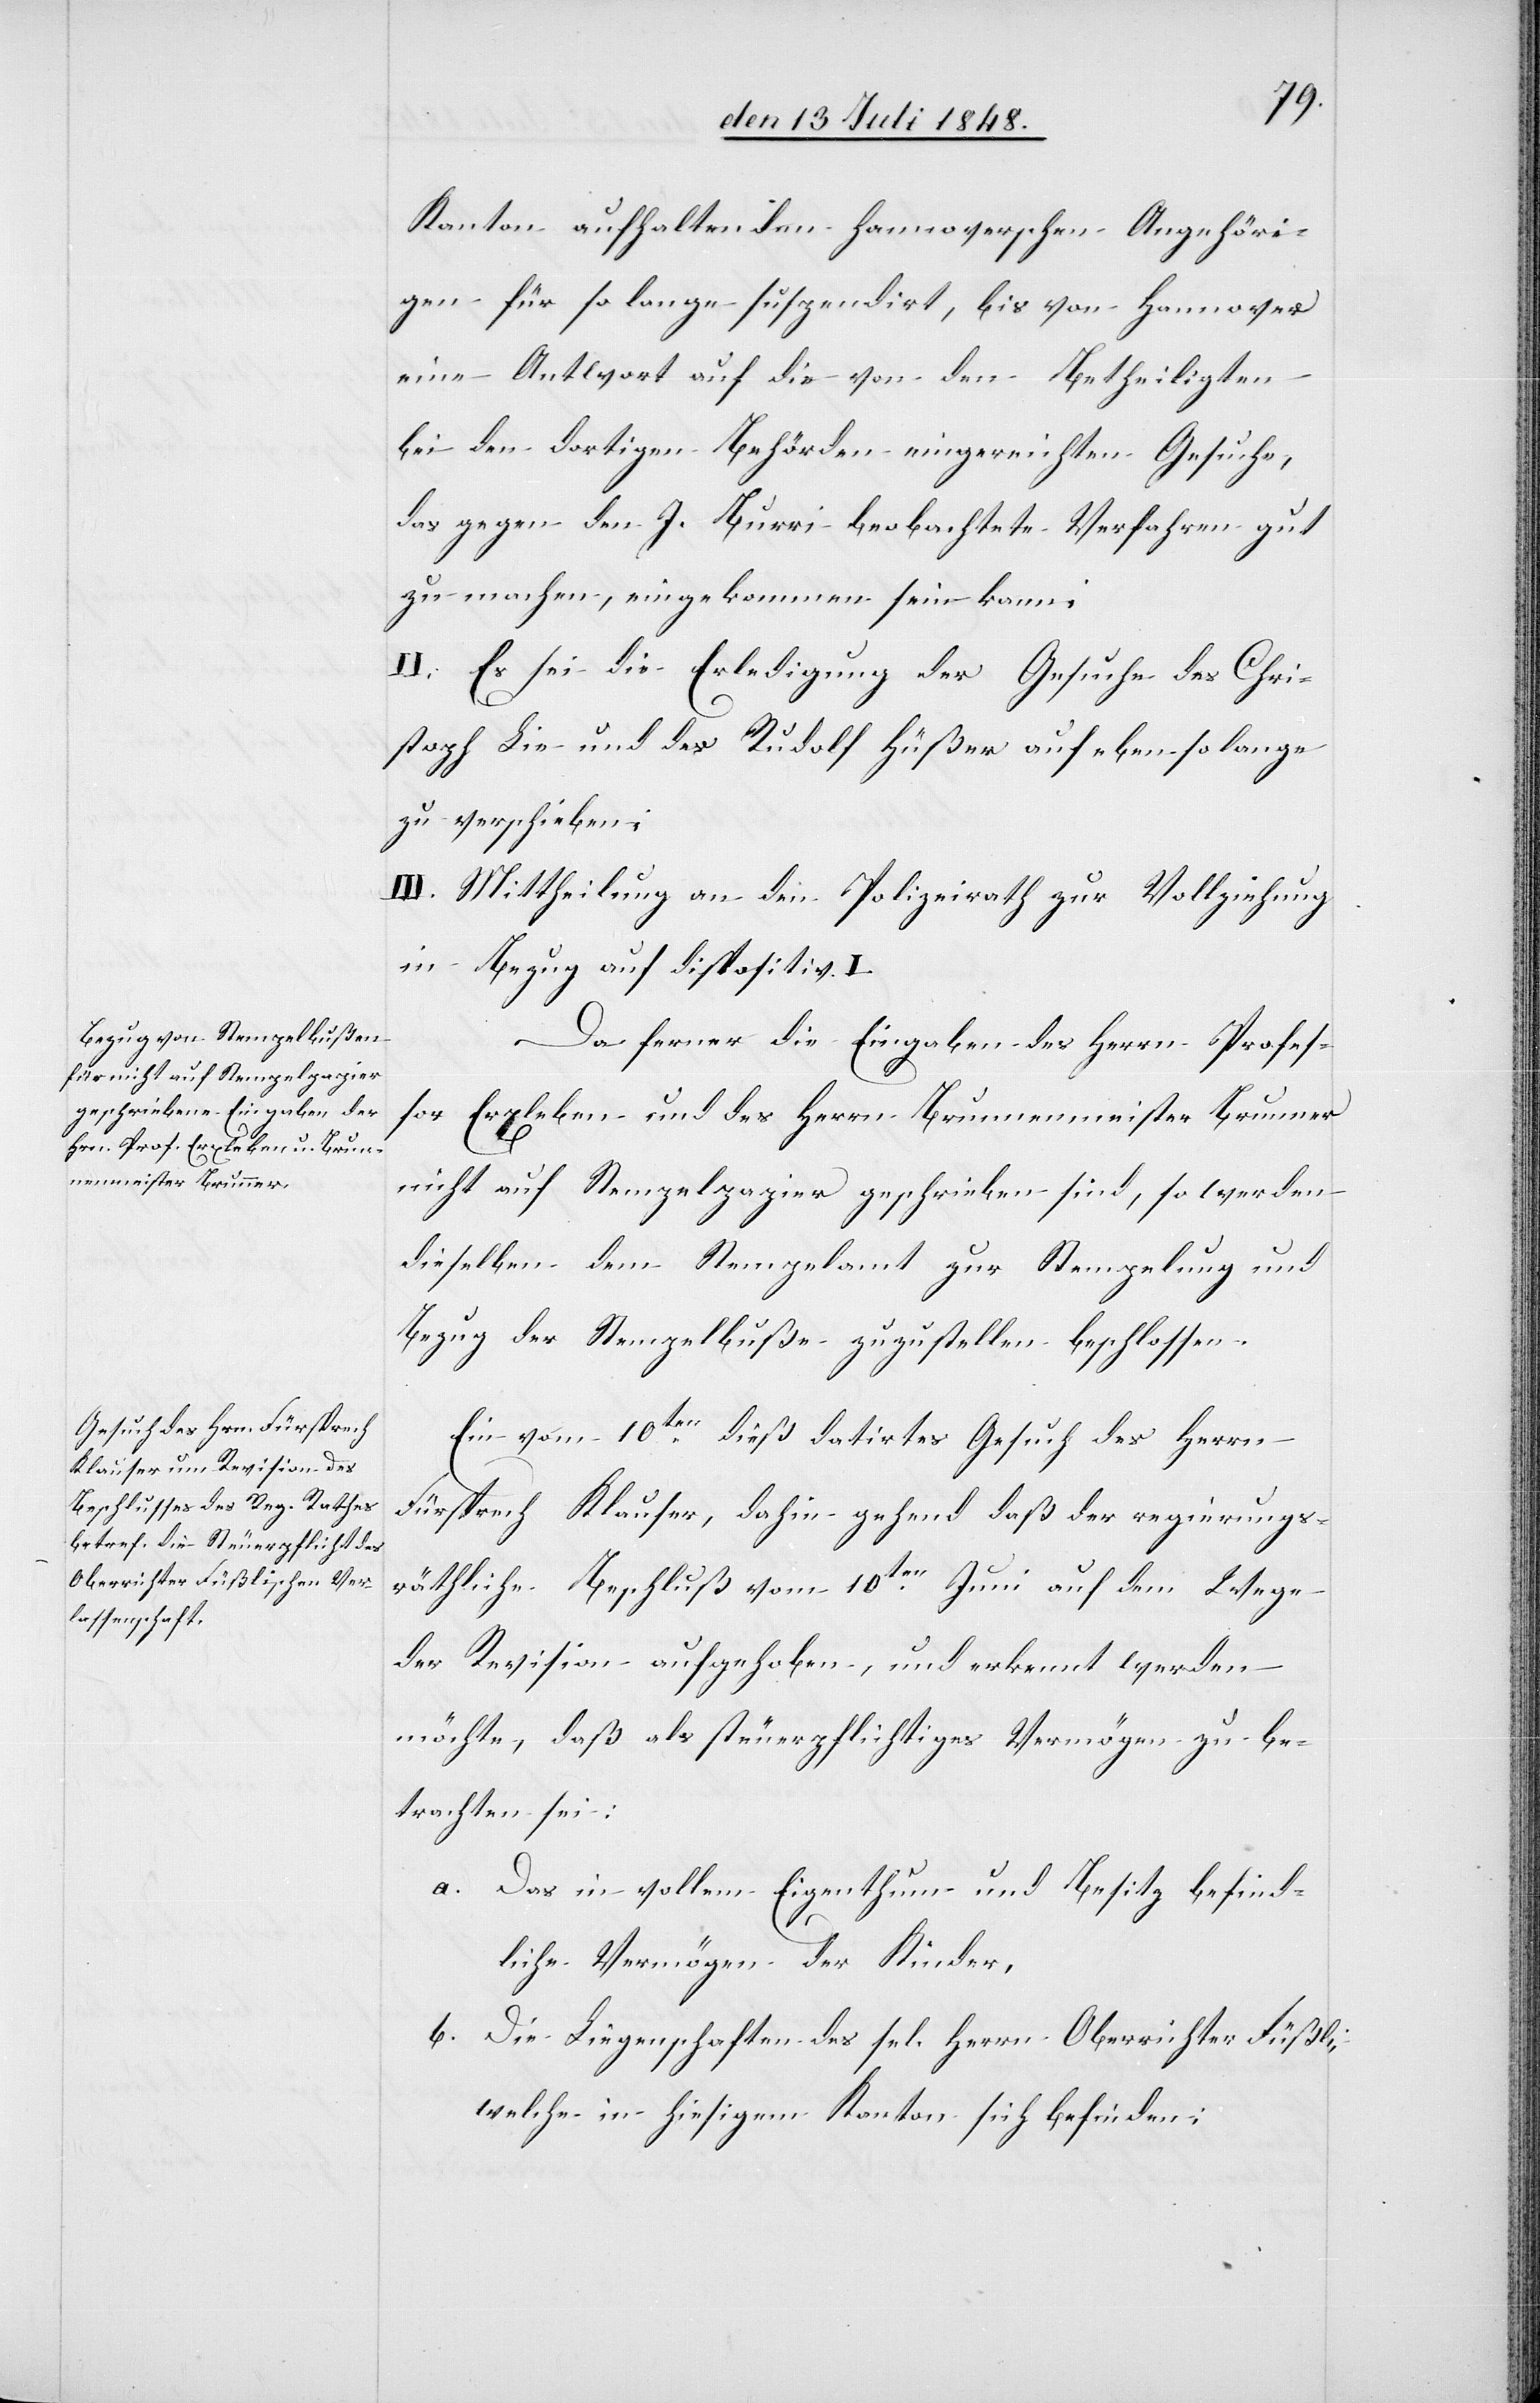
Kanton aufhaltenden Hannoverschen Angehöri¬
gen für so lange suspendirt, bis von Hannover
eine Antwort auf die von den Betheiligten
bei den dortigen Behörden eingereichten Gesuche,
das gegen den J. Burri beobachtete Verfahren gut
zu machen, eingekommen sein kann;
II. Es sei die Erledigung der Gesuche des Chri¬
stoph Lie und des Rudolf Hüßer auf ebenso lange
zu verschieben;
III. Mittheilung an den Polizeirath zur Vollziehung
in Bezug auf Dispositiv I.
Da ferner die Eingaben des Herrn Profes¬
sor Erxleben und des Herrn Brunnenmeister Brunner
nicht auf Stempelpapier geschrieben sind, so werden
dieselben dem Stempelamt zur Stempelung und
Bezug der Stempelbuße zuzustellen beschlossen.
Ein vom 10ten dieß datirtes Gesuch des Herrn
Fürsprech Klauser, dahin gehend daß der regierungs¬
räthliche Beschluß vom 10ten Juni auf dem Wege
der Revision aufgehoben, und erkennt werden
möchte, daß als steuerpflichtiges Vermögen zu be¬
trachten sei:
a. Das in vollem Eigenthum und Besitz befind¬
liche Vermögen der Kinder.
b. Die Liegenschaften des sel. Herrn Oberrichter Füßli,
welche in hiesigem Kanton sich befinden,